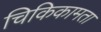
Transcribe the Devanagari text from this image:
चिकिकामता